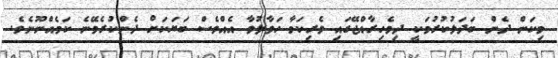
މިކަން ދެން ބަދަލުކުރުމަކީ ދިވެހިރާއްޖޭގައި ވެރިކަމާ ހަވާލުވާ އެއްވެސް ބަޔަކަށް ދެންކުރެވޭނެ ކަމެއްނޫނެވެ.